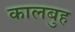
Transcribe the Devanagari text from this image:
कालबुह